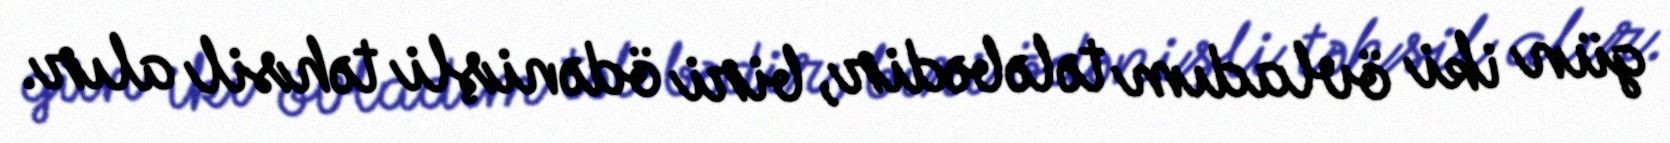
gün iki övladım tələbədir, biri ödənişli təhsil alır.